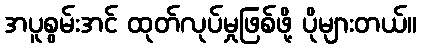
အပူစွမ်းအင် ထုတ်လုပ်မှုဖြစ်ဖို့ ပိုများတယ်။